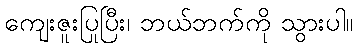
ကျေးဇူးပြုပြီး၊ ဘယ်ဘက်ကို သွားပါ။